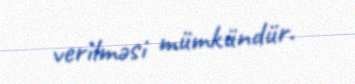
verilməsi mümkündür.